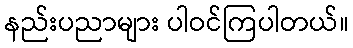
နည်းပညာများ ပါဝင်ကြပါတယ်။